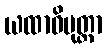
ယထာဓိမုတ္တာ